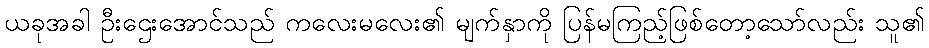
ယခုအခါ ဦးဌေးအောင်သည် ကလေးမလေး၏ မျက်နှာကို ပြန်မကြည့်ဖြစ်တော့သော်လည်း သူ၏